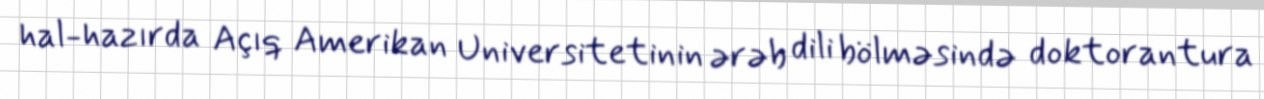
hal-hazırda Açıq Amerikan Universitetinin ərəb dili bölməsində doktorantura